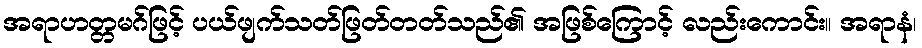
အရာဟတ္တမဂ်ဖြင့် ပယ်ဖျက်သတ်ဖြတ်တတ်သည်၏ အဖြစ်ကြောင့် လည်းကောင်း။ အရာနံ၊